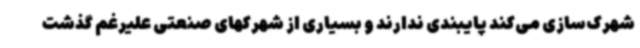
شهرک‌سازی می‌کند پایبندی ندارند و بسیاری از شهرکهای صنعتی علیرغم گذشت